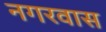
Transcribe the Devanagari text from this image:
नगरवास